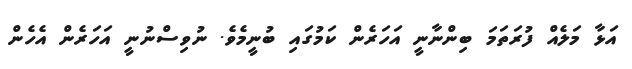
އަޅާ މަލެއް ފުރަތަމަ ބިންނާނީ އަހަރެން ކަމުގައި ބުނީމެވެ. ނުވިސްނުނީ އަހަރެން އެހެން